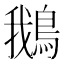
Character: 鵝